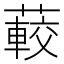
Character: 𦽨